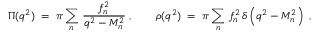
\Pi ( q ^ { 2 } ) \; = \; \pi \sum _ { n } \, \frac { f _ { n } ^ { 2 } } { q ^ { 2 } - M _ { n } ^ { 2 } } \; , \qquad \rho ( q ^ { 2 } ) \; = \; \pi \sum _ { n } \, f _ { n } ^ { 2 } \, \delta \left( q ^ { 2 } - M _ { n } ^ { 2 } \right) \; ,